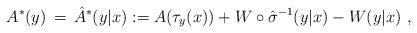
LaTeX: \begin{align*}A^* (y)\,=\,\hat{A}^*(y|x) := A(\tau_y(x)) + W \circ \hat{\sigma}^{-1} (y|x) - W(y|x) \ ,\end{align*}